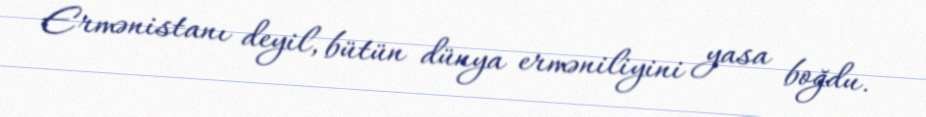
Ermənistanı deyil, bütün dünya erməniliyini yasa boğdu.